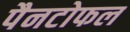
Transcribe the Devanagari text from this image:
पैनटोफल